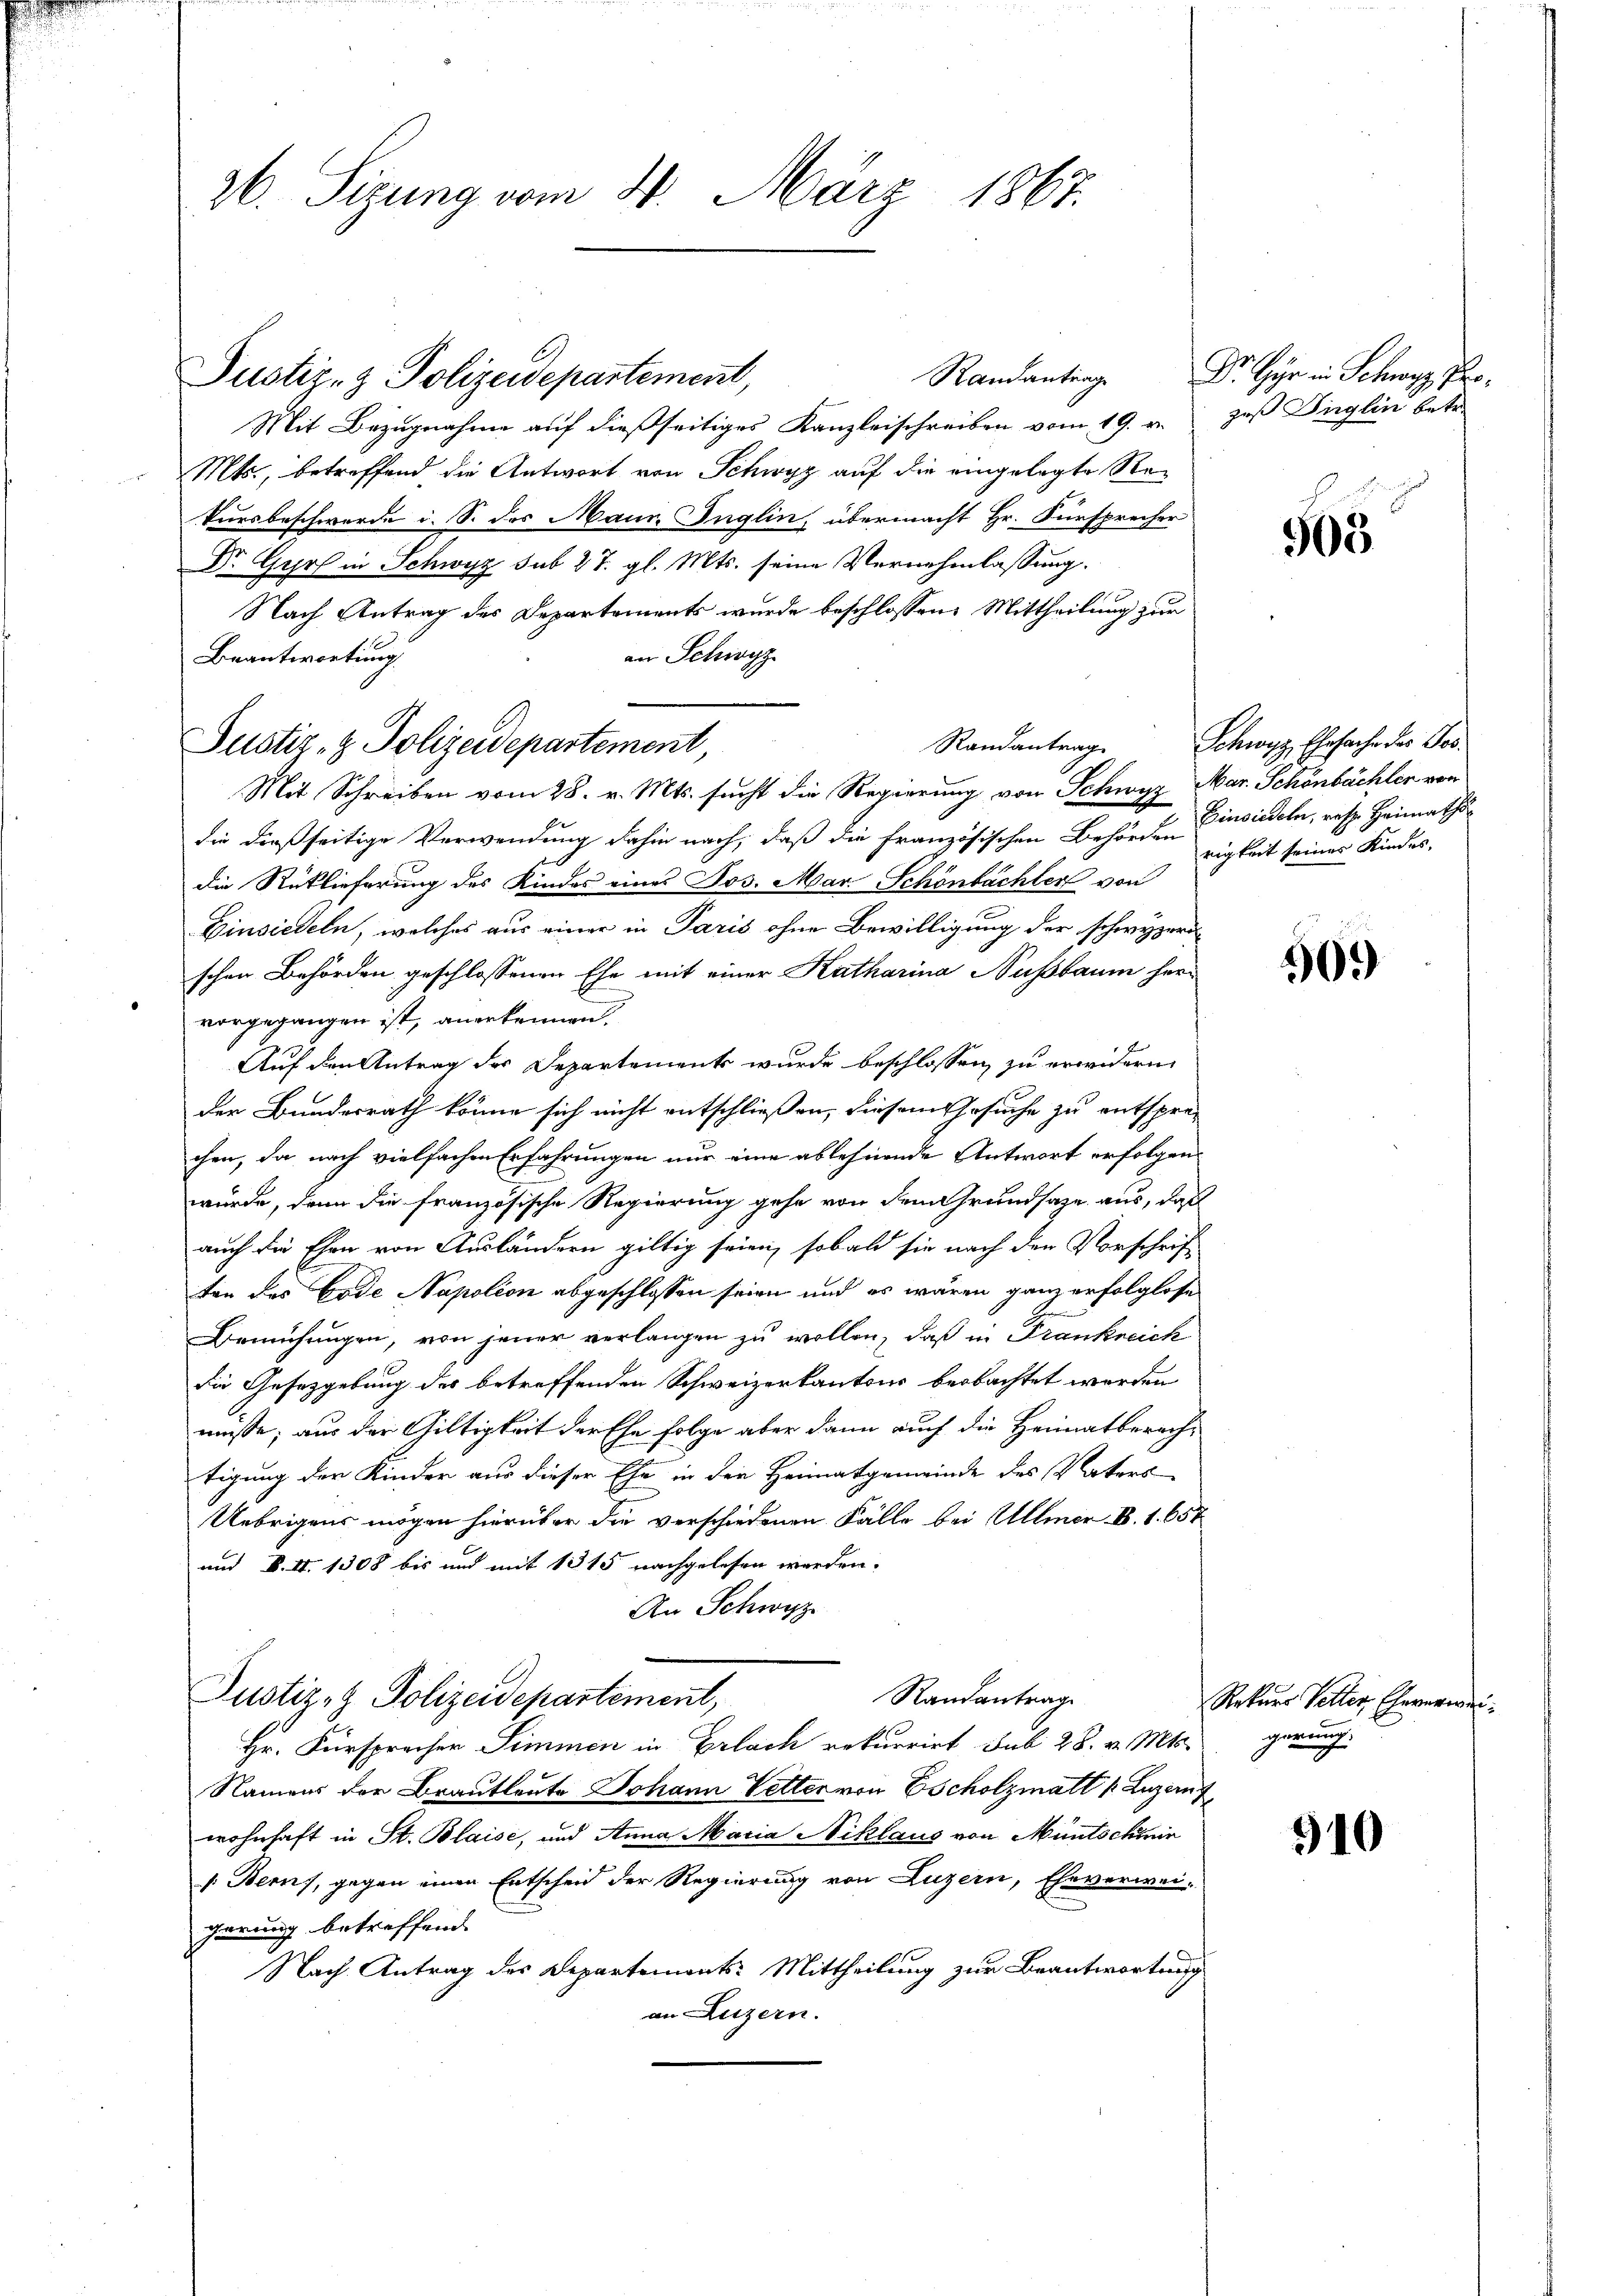
e

26. Sizung vom 4. März 1867.

Mit Bezugnahme auf dießseitiges Kanzleischreiben vom 19. v. Heß Inglin betr.
Mts., betreffend die Antwort von Schwyz auf die eingelegte Re¬
Tursbeschwerde i. S. des Maur. Inglin, übermacht Hr. Fürsprecher
Dr. Gyrs in Schwyz sub 27. gl. Mts. seine Vernehmlassung.
Nach Antrag des Departements wurde beschlossen: Mittheilung zur
an Schwyz
Beantwortung
Mit Schreiben vom 28. v. Mts. sucht die Regierung von Schwyz Mar. Schönbächler von
die dießseitige Verwendung dahin nach, daß die Französischen Behörden zigkeit seines Kindes-
die Rücklieferung des Kindes eines Jos. Mar-Schönbächler von
Einsiedeln, welches aus einer in Paris ohne Bewilligung der schwyzeri
schen Behörden geschlossenen Ehe mit einer Katharina Nußbaum hervorgegangen ist, anerkennen.
er
Auf den Antrag der Departements wurde beschlossen zu erwidern
der Bundesrath könne sich nicht entschließen, diesem Gesuche zu entsprächen, da nach vielfachen Erfahrungen nur eine ablehnende Antwort erfolgen
würde, denn die französische Regierung gehe von dem Grundsaze aus, daß
auch die Ehen von Ausländern giltig seien, sobald sie nach den Vorschrift
ten des Code Napolion abgeschlossen seien und es wären ganz erfolglose
Bemühungen, von jener verlangen zu wollen, daß in Frankreich
die Gesetzgebung des betreffenden Schweizerkantons beobachtet werden
müsse; aus der Giltigkeit der Ehe folge aber dann auch die Heimatberech-
tigung der Kinder aus dieser Ehe in den Heimatgemeinde des Vaters
Uebrigens mögen hierüber die verschiedenen Fälle bei Ullmer B. 1. 657
und F. II. 1308 bis und mit 1315 nachgelesen werden.
An Schwyz
Randantrage
Justiz- & Polizeidepartement,
Hr. Fürspracher Simmen in Erlach rekurrirt sub 28. v. Mts. gerung
Namens der Brautleute Johann Vetter von Escholzmatt u. Luzern
wohnhaft in St. Blaise, und Anna Maria Niklaus von Müntschinir
[: Berns, gegen einen Entscheid der Regierung von Luzern, Eheverwei-
gerung betreffend
Nach Antrag des Departements: Mittheilung zur Beantwortung
an Luzern.

Justiz- & Polizeidepartement,

Justiz- & Polizeidepartement,

Sch

508

Randantrag. Schwyz, Ehesache des Jos.
Einsiedeln, resp. Heimaths

909)

Rekurs Selter Ehereverdi

340